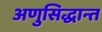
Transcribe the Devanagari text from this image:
अणुसिद्धान्त